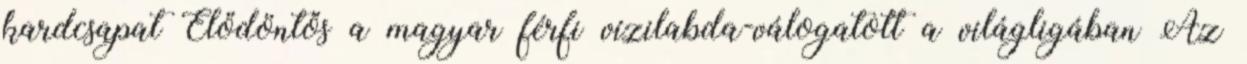
kardcsapat Elődöntős a magyar férfi vízilabda-válogatott a világligában Az